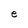
Character: e